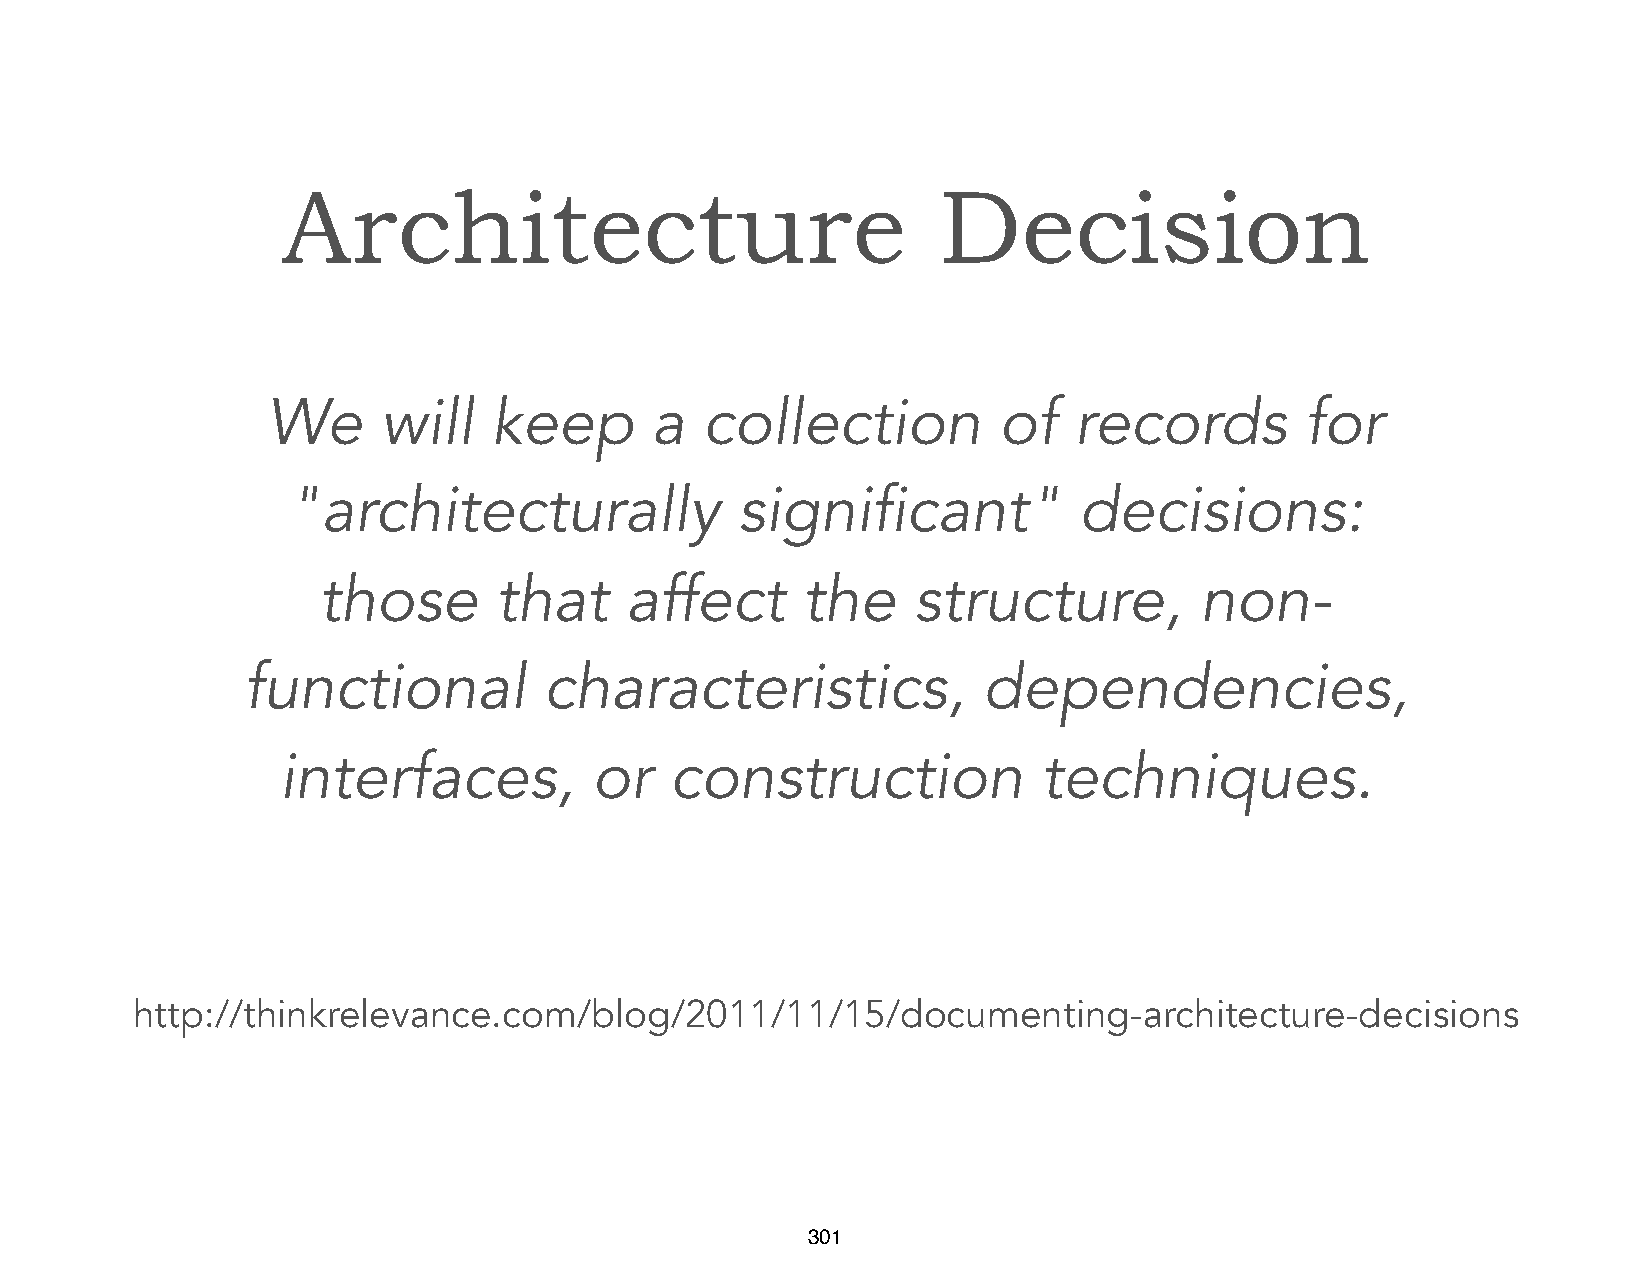
Architecture                               Decision
 We     will    keep      a   collection         of   records        for
 "architecturally              significant"          decisions:
 those       that    affect      the    structure,         non-
 functional          characteristics,             dependencies,
 interfaces,          or   construction             techniques.
 http://thinkrelevance.com/blog/2011/11/15/documenting-architecture-decisions
 301